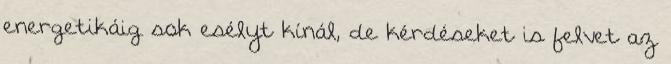
energetikáig sok esélyt kínál, de kérdéseket is felvet az